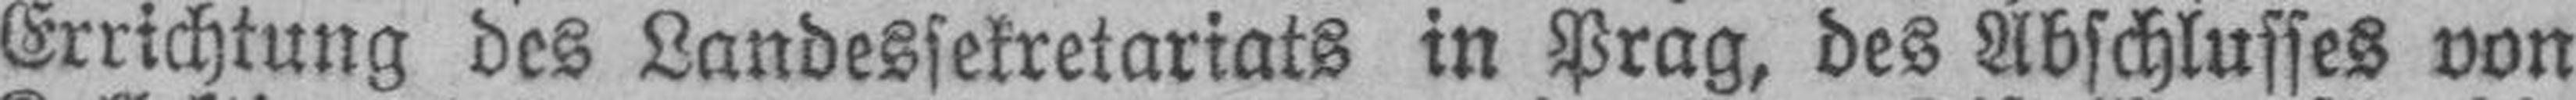
Errichtung des Landessekretariats in Prag, des Abschlusses von